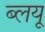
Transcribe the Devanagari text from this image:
ब्लयू